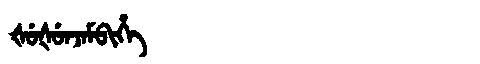
Manchu: ᡧᡠᡧᡠᠨᠵᠠᠮᠪᡳᡥᡝ
Romanization: ŠUŠUNJAMBIHE